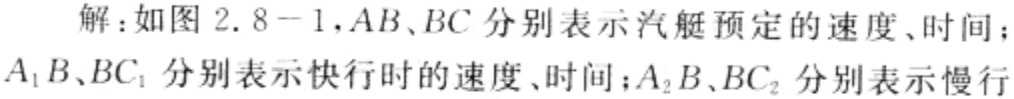
解：如图 2.8-1，$AB、BC$分别表示汽艇预定的速度、时间；$A_{1}B、BC_{1}$分别表示快行时的速度、时间；$A_{2}B、BC_{2}$分别表示慢行